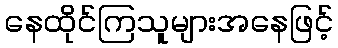
နေထိုင်ကြသူများအနေဖြင့်